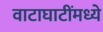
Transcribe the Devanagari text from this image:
वाटाघाटींमध्ये